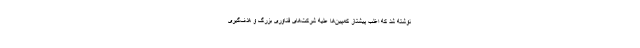
نوشته شد که اغلب پیشتاز کمپین‌ها علیه شرکت‌های فناوری بزرگ و هدف‌گیری